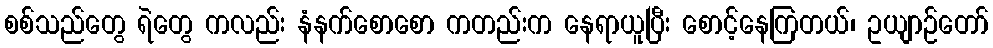
စစ်သည်တွေ ရဲတွေ ကလည်း နံနက်စောစော ကတည်းက နေရာယူပြီး စောင့်နေကြတယ်၊ ဥယျာဉ်တော်